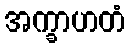
အက္ခာဟတံ